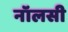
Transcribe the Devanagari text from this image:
नॉलसी